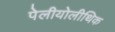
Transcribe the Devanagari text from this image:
पेलीयोलीथिक